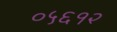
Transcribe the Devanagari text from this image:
०५६१२